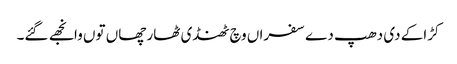
کڑاکے دی دھپ دے سفراں وچ ٹھنڈی ٹھار چھاں توں وانجھے گئے۔